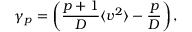
\gamma _ { p } = \left( \frac { p + 1 } { D } \langle v ^ { 2 } \rangle - \frac { p } { D } \right) ,